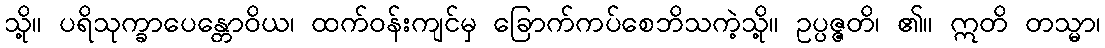
သို့။ ပရိသုက္ခာပေန္တောဝိယ၊ ထက်ဝန်းကျင်မှ ခြောက်ကပ်စေဘိသကဲ့သို့။ ဥပ္ပဇ္ဇတိ၊ ၏။ ဣတိ တသ္မာ၊